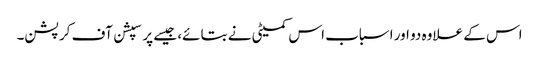
اس کے علاوہ دو اور اسباب اس کمیٹی نے بتائے، جیسے پرسپشن آف کرپشن۔